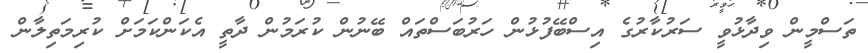
ތަސްމީން ވިދާޅުވީ ސަރުކާރުގެ އިސްބޭފުޅުން ހަރުބަސްތައް ބޭނުން ކުރަމުން ދާތީ އެކަންކަމަށް ކުރިމަތިލާން